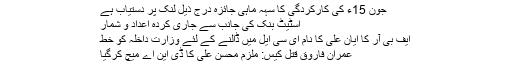
جون 15ء کی کارکردگی کا سہہ ماہی جائزہ درج ذیل لنک پر دستیاب ہے
اسٹیٹ بنک کی جانب سے جاری کردہ اعداد و شمار
ایف بی آر کا ایان علی کا نام ای سی ایل میں ڈالنے کے لئے وزارت داخلہ کو خط
عمران فاروق قتل کیس: ملزم محسن علی کا ڈی این اے میچ کرگیا